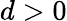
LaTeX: d>0